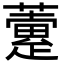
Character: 𧁏